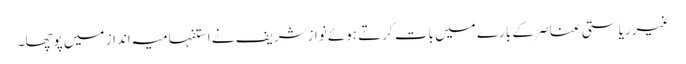
غیرریاستی عناصر کے بارے میں بات کرتے ہوئے نوازشریف نے استفہامیہ انداز میں پوچھا۔